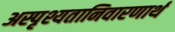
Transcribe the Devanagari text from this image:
अस्पृश्यतानिवारणार्थ